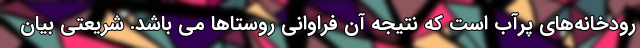
رودخانه‌های پرآب است که نتیجه آن فراوانی روستاها می باشد. شریعتی بیان